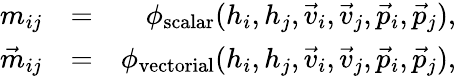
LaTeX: \begin{array}{rlr}{m_{ij}}&{=}&{\phi_{\mathrm{scalar}}(h_{i},h_{j},\vec{v}_{i},\vec{v}_{j},\vec{p}_{i},\vec{p}_{j}),}\\ {\vec{m}_{ij}}&{=}&{\phi_{\mathrm{vectorial}}(h_{i},h_{j},\vec{v}_{i},\vec{v}_{j},\vec{p}_{i},\vec{p}_{j}),}\end{array}